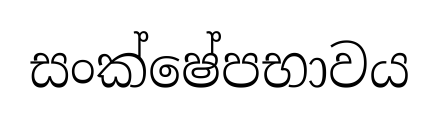
සංක්ෂේපභාවය